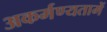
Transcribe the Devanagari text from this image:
अकर्मण्यतामें